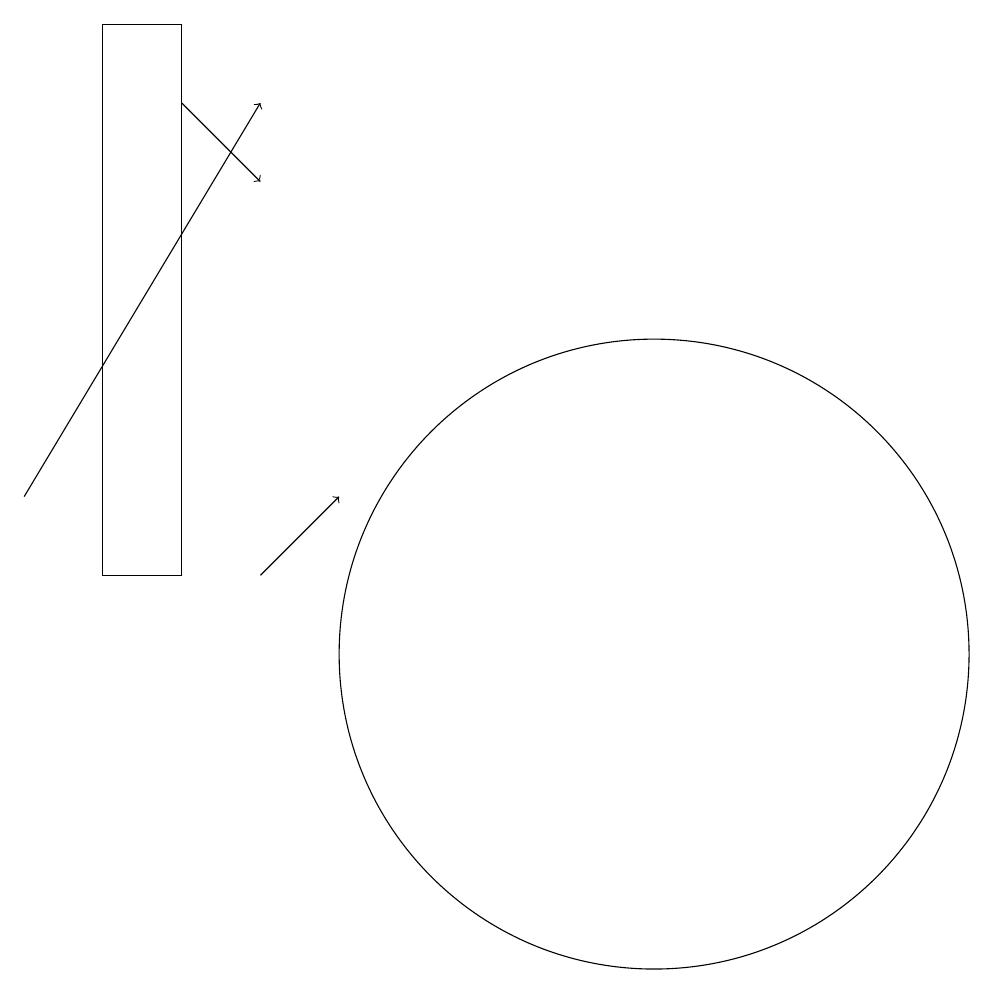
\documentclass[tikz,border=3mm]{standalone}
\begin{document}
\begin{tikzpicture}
\draw[->] (4,12) -- (7,17);
\draw (12,10) circle (4);
\draw[->] (7,11) -- (8,12);
\draw (5,11) rectangle (6,18);
\draw[->] (6,17) -- (7,16);
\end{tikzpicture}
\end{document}